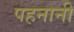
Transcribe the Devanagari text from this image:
पहनानी